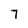
Character: 7